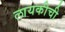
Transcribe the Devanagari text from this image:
लायकीची